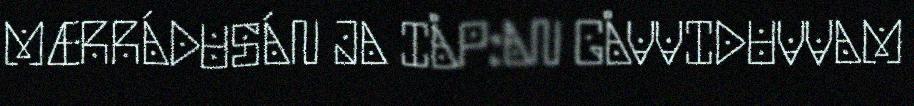
MÆRRÁDUSÁN JA IÅP:AN GÅVVIDUVVAM